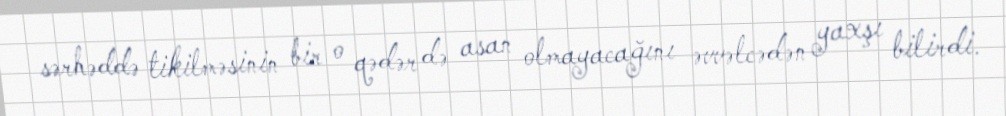
sərhəddə tikilməsinin bir o qədər də asan olmayacağını əvvəlcədən yaxşı bilirdi.